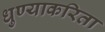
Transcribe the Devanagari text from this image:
धुण्याकरिता